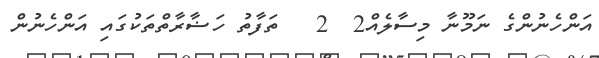
އަންހެނުންގެ ނަމޫނާ މިސާލެއް2  2   ތަފާތު ހަޟާރާތްތަކުގައި އަންހެނުން